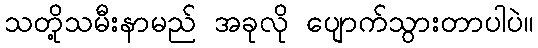
သတို့သမီးနာမည် အခုလို ပျောက်သွားတာပါပဲ။